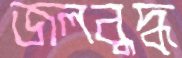
জলবুদ্ধ